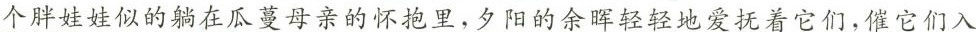
个胖娃娃似的躺在瓜蔓母亲的怀抱里，夕阳的余晖轻轻地爱抚着它们，催它们入